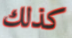
كذلك